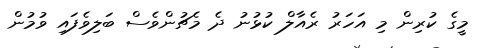
މީގެ ކުރިން މި އަހަރު ރެއާލް ކުޅުނު ދެ މެޗުންވެސް ބަލިވެފައި ވުމުން